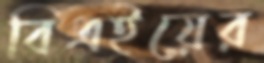
বিএইয়ের